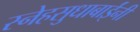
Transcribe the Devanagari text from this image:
स्नेहसुधाबाईंनी